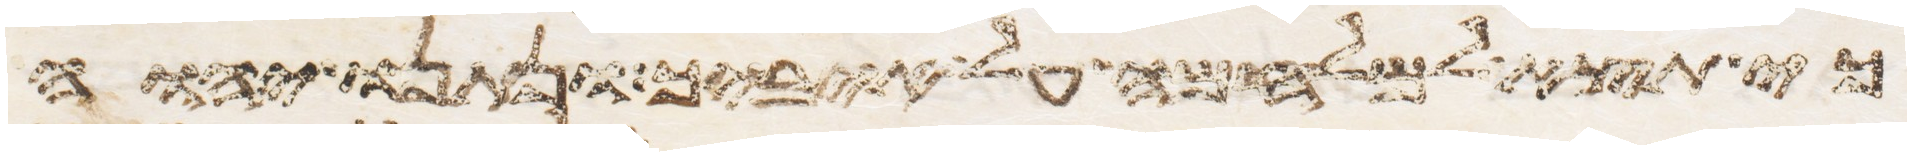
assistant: כי תצא למלחמה על איביך ונתנו יהוה